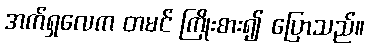
အက်ရှလေက တမင် ကြိုးစား၍ ပြောသည်။